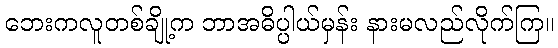
ဘေးကလူတစ်ချို့က ဘာအဓိပ္ပါယ်မှန်း နားမလည်လိုက်ကြ။